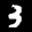
Label: 3